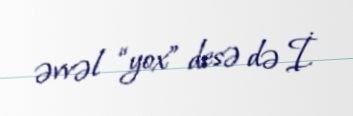
əvvəl “yox” desə də İ.